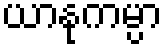
ယာနုကမ္ပာ